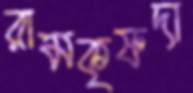
রামকৃষ্ণদা